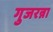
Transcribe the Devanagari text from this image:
गुजरन्ना